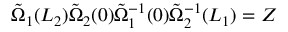
\tilde { \Omega } _ { 1 } ( L _ { 2 } ) \tilde { \Omega } _ { 2 } ( 0 ) \tilde { \Omega } _ { 1 } ^ { - 1 } ( 0 ) \tilde { \Omega } _ { 2 } ^ { - 1 } ( L _ { 1 } ) = Z